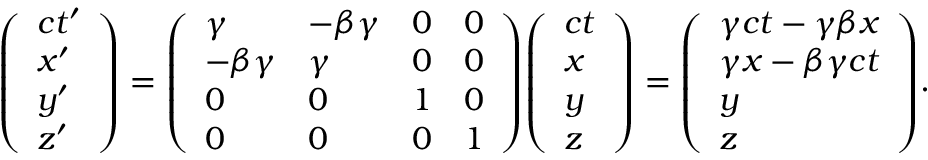
{ \left( \begin{array} { l } { c t ^ { \prime } } \\ { x ^ { \prime } } \\ { y ^ { \prime } } \\ { z ^ { \prime } } \end{array} \right) } = { \left( \begin{array} { l l l l } { \gamma } & { - \beta \gamma } & { 0 } & { 0 } \\ { - \beta \gamma } & { \gamma } & { 0 } & { 0 } \\ { 0 } & { 0 } & { 1 } & { 0 } \\ { 0 } & { 0 } & { 0 } & { 1 } \end{array} \right) } { \left( \begin{array} { l } { c t } \\ { x } \\ { y } \\ { z } \end{array} \right) } = { \left( \begin{array} { l } { \gamma c t - \gamma \beta x } \\ { \gamma x - \beta \gamma c t } \\ { y } \\ { z } \end{array} \right) } .